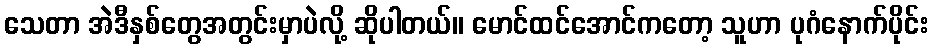
သေတာ အဲဒီနှစ်တွေအတွင်းမှာပဲလို့ ဆိုပါတယ်။ မောင်ထင်အောင်ကတော့ သူဟာ ပုဂံနောက်ပိုင်း